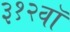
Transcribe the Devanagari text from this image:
३१२वॉ